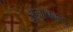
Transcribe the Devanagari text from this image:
झेलाबद्दल